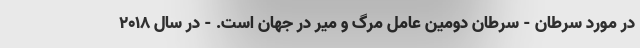
در مورد سرطان - سرطان دومین عامل مرگ و میر در جهان است. - در سال ۲۰۱۸